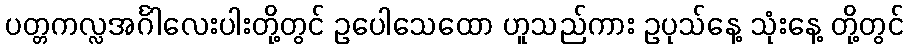
ပတ္တကလ္လအင်္ဂါလေးပါးတို့တွင် ဥပေါသေထော ဟူသည်ကား ဥပုသ်နေ့ သုံးနေ့ တို့တွင်